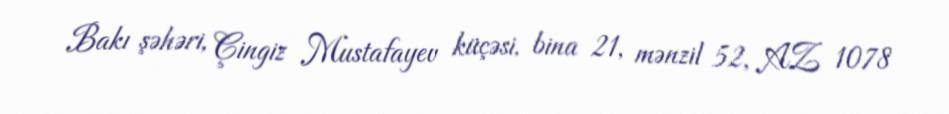
Bakı şəhəri, Çingiz Mustafayev küçəsi, bina 21, mənzil 52, AZ 1078